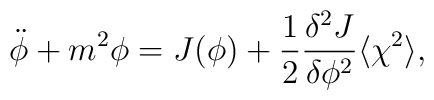
\ddot{\phi} + m^2{\phi} = J(\phi) + \frac{1}{2}\frac{{\delta}^2 J}{{\delta} {\phi}^2} \langle {\chi}^2 \rangle,